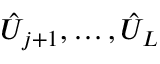
\hat { U } _ { j + 1 } , \dotsc , \hat { U } _ { L }